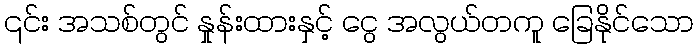
၎င်း အသစ်တွင် နှုန်းထားနှင့် ငွေ အလွယ်တကူ ခြေနိုင်သော